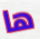
ها